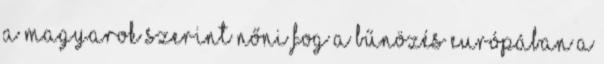
a magyarok szerint nőni fog a bűnözés Európában a